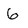
Character: 6